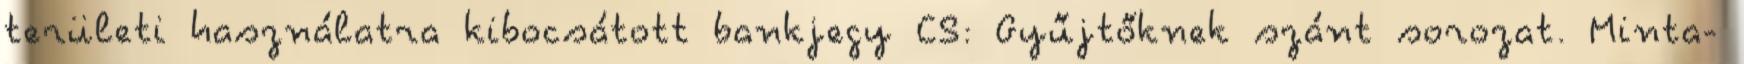
területi használatra kibocsátott bankjegy CS: Gyűjtőknek szánt sorozat. Minta-